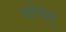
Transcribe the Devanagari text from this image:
मोंदेगू